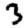
Digit: 3